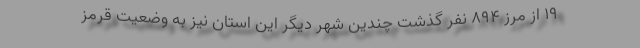
۱۹ از مرز ۸۹۴ نفر گذشت چندین شهر دیگر این استان نیز به وضعیت قرمز